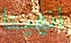
انهينا